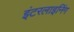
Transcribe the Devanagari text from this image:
इंटरलाइनिंग